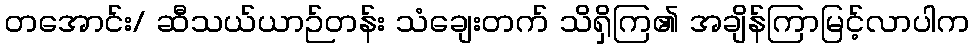
တအောင်း/ ဆီသယ်ယာဉ်တန်း သံချေးတက် သိရှိကြ၏ အချိန်ကြာမြင့်လာပါက